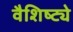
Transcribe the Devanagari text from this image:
वैशिष्‍ट्ये